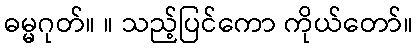
ဓမ္မဂုတ်။ ။ သည့်ပြင်ကော ကိုယ်တော်။